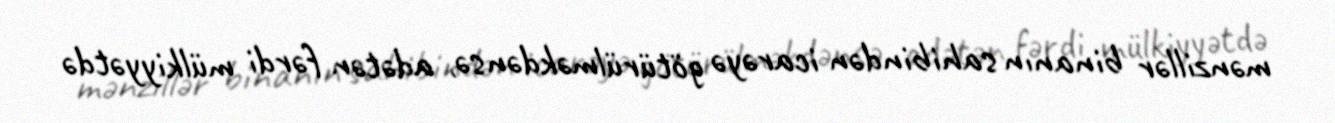
mənzillər binanın sahibindən icarəyə götürülməkdənsə, adətən fərdi mülkiyyətdə